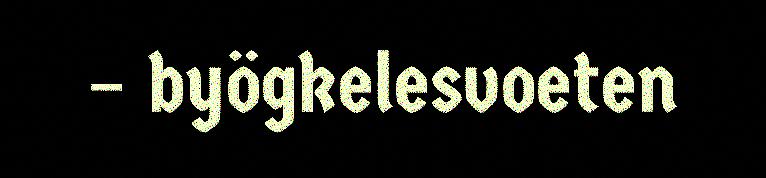
– byögkelesvoeten